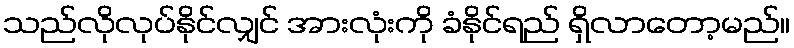
သည်လိုလုပ်နိုင်လျှင် အားလုံးကို ခံနိုင်ရည် ရှိလာတော့မည်။